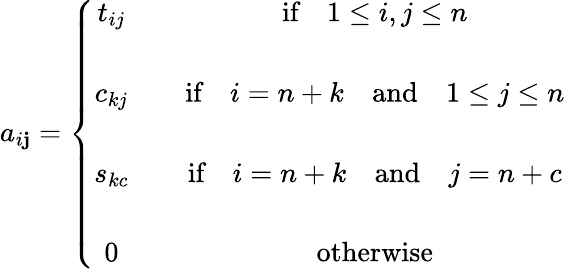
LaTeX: a_{i\mathbf{j}}=\left\{ \begin{array}{cc}{t_{ij}}&{\quad\textrm{if}\quad 1\leq i,j\leq n}\\ {\quad}&{\quad}\\ {c_{kj}}&{\quad\textrm{if}\quad i=n+k\quad\textrm{and}\quad 1\leq j\leq n}\\ {\quad}&{\quad}\\ {s_{kc}}&{\quad\textrm{if}\quad i=n+k\quad\textrm{and}\quad j=n+c}\\ {\quad}&{\quad}\\ {0}&{\quad\textrm{otherwise}}\end{array}\right.